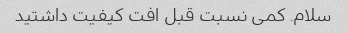
سلام. کمی نسبت قبل افت کیفیت داشتید